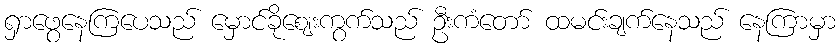
ရှာဖွေနေကြပေသည် မှောင်ခိုဈေးကွက်သည် ဦးကံတော် ထမင်းချက်နေသည် နေကြာမှာ